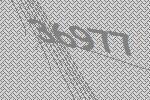
36977